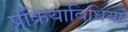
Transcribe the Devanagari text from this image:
प्रक्रियाविधियां